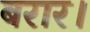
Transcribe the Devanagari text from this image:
बरार।